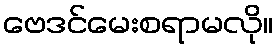
ဗေဒင်မေးစရာမလို။